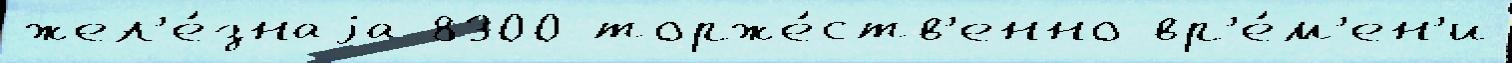
жел'е́знаjа 8300 торже́ств'енно вр'е́м'ен'и